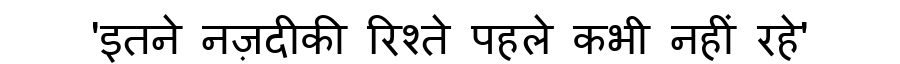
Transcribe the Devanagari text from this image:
'इतने नज़दीकी रिश्ते पहले कभी नहीं रहे'